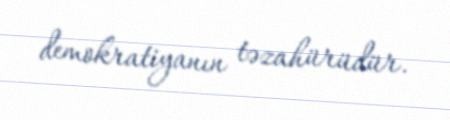
demokratiyanın təzahürüdür.